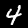
Digit: 4